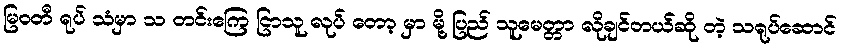
မြဝတီ ရုပ် သံမှာ သ တင်းကြေ ငြာသူ လုပ် တော့ မှာ မို့ ပြည် သူမေတ္တာ လိုချင်တယ်ဆို တဲ့ သရုပ်ဆောင်